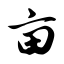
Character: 亩